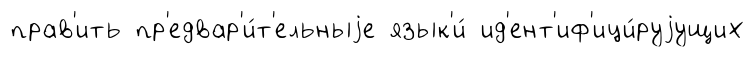
прав'ить пр'едвар'и́т'ельныjе язык'и́ ид'ент'иф'ици́руjущих